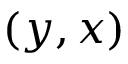
( y , x )